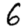
Digit: 6